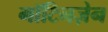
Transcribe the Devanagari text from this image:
गॉटिनज़ेन